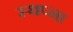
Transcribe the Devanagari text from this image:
स्थप्ना